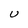
Character: U